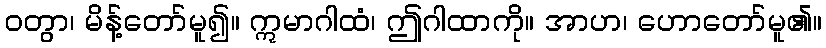
ဝတွာ၊ မိန့်တော်မူ၍။ ဣမာဂါထံ၊ ဤဂါထာကို။ အာဟ၊ ဟောတော်မူ၏။